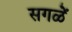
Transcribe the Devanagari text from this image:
सगळें